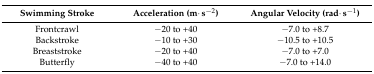
| Swimming Stroke | Acceleration (m·s−2) | Angular Velocity (rad·s−1) |
 | --- | --- | --- |
 | Frontcrawl | −20 to +40 | −7.0 to +8.7 |
 | Backstroke | −10 to +30 | −10.5 to +10.5 |
 | Breaststroke | −20 to +40 | −7.0 to +7.0 |
 | Butterfly | −40 to +40 | −7.0 to +14.0 |